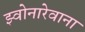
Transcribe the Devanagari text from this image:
झ्वोनारेवाना